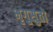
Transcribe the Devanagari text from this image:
भृगुसुतो